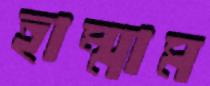
হাম্মাম